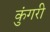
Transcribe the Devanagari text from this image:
कुंगरी